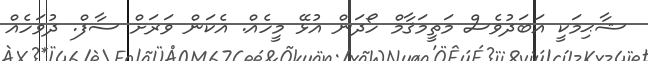
ޝާޙިމަކީ އަބަދުވެސް މަތީމަޤާމް ހޯދަން އުޅޭ މީހެއް. އެކަން ވަރަށް ސާފް. ދުވަހެއް